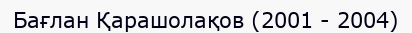
Бағлан Қарашолақов (2001 - 2004)